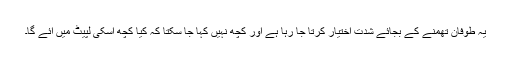
یہ طوفان تھمنے کے بجائے شدت اختیار کرتا جا رہا ہے اور کچھ نہیں کہا جا سکتا کہ کیا کچھ اسکی لپیٹ میں آئے گا۔